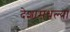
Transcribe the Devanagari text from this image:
देशामधल्या